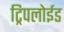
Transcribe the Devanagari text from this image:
ट्रिपलोईड